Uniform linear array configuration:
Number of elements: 12
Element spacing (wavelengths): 1
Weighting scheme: kaiser
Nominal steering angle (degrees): -30
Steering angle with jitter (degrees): -31.496
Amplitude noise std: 0.05
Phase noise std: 0.05

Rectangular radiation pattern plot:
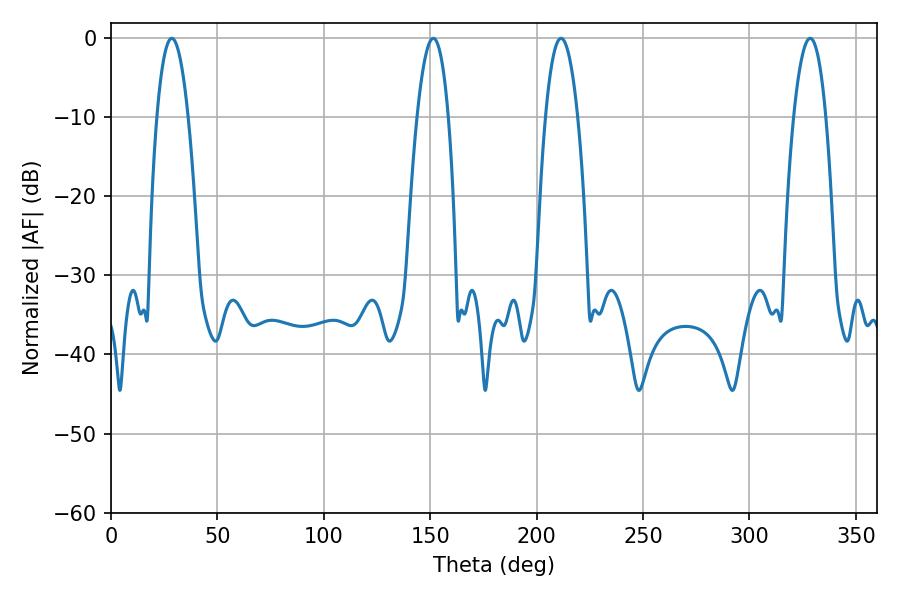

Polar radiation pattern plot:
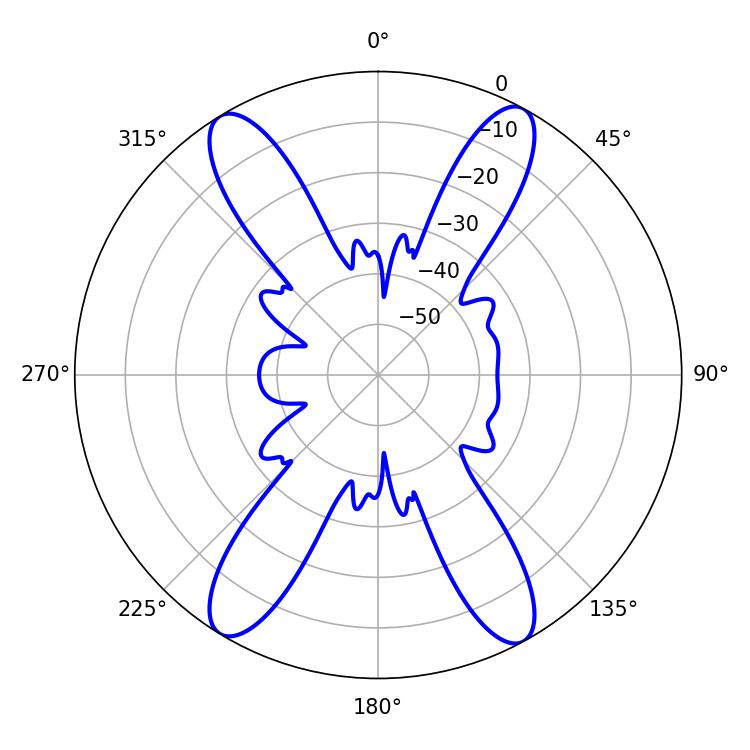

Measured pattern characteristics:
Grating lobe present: TRUE
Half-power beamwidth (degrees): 8.46
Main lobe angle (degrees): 211.5